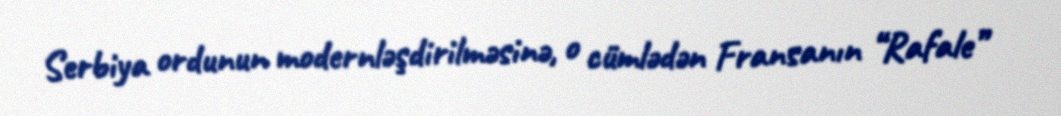
Serbiya ordunun modernləşdirilməsinə, o cümlədən Fransanın “Rafale”